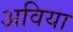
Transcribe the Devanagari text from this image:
अविया